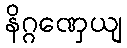
နိဂ္ဂဏှေယျ